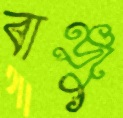
বাঞ্জু